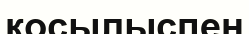
қосылыспен